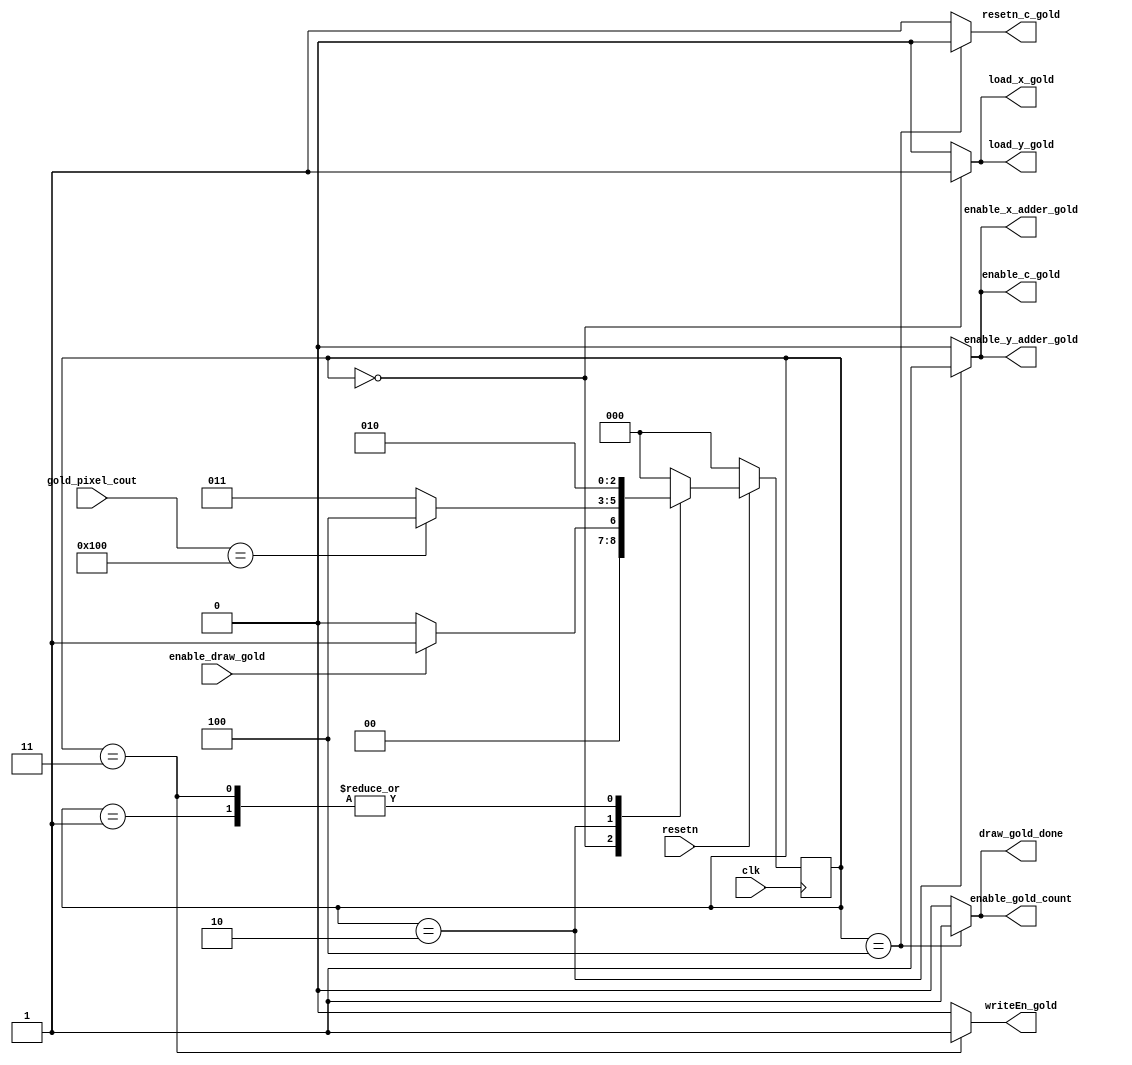
//this document include fsm to draw a gold/stone, related datapath can be found in draw_gold_stone_background_datapath.v


//designed by Yifan Cui


module draw_gold_FSM(
	clk, 
	resetn,
	enable_draw_gold,

	gold_pixel_cout,
	enable_c_gold,
	load_x_gold,
	load_y_gold,
	enable_x_adder_gold, 
	enable_y_adder_gold,
	enable_gold_count,
	resetn_c_gold,
	writeEn_gold,
	draw_gold_done

	);
	
	input clk;
	input resetn;
	input enable_draw_gold;


	input [8:0]gold_pixel_cout;

	output reg enable_c_gold,
				  load_x_gold,
				  load_y_gold,
				  enable_x_adder_gold, 
				  enable_y_adder_gold,
				  resetn_c_gold,
				  enable_gold_count,
				  writeEn_gold,
				  draw_gold_done;
	
	reg [2:0] current_state, next_state; 
    
   localparam   LOAD_X_AND_Y        = 3'd0,
                LOAD_X_AND_Y_WAIT   = 3'd1,
					 DRAW                = 3'd2,
					 DRAW_WAIT			   = 3'd3,
					 DRAW_DONE           = 3'd4;

                
					 
    
    // Next state logic aka our state table
    always@(*)
    begin: state_table 
            case (current_state)
                LOAD_X_AND_Y:begin
						next_state = enable_draw_gold ? LOAD_X_AND_Y_WAIT : LOAD_X_AND_Y;
						end // Loop in current state until value is input
                LOAD_X_AND_Y_WAIT:begin
						next_state = DRAW; // Loop in current state until go signal goes low
						end
					 DRAW: begin
						next_state =  (gold_pixel_cout == 9'd256) ?  DRAW_DONE : DRAW_WAIT;
						end
					 DRAW_WAIT: begin
						next_state = DRAW;
						end
					 DRAW_DONE: begin
						next_state = LOAD_X_AND_Y;
					 end
 
            default:     next_state = LOAD_X_AND_Y;
        endcase
    end // state_table
   

    // Output logic aka all of our datapath control signals
    always @(*)
    begin: enable_signals
        // By default make all our signals 0 to avoid latches.
        
		  enable_c_gold = 1'b0;
		  load_x_gold = 1'b0;
		  load_y_gold = 1'b0;
		  enable_x_adder_gold = 1'b0; 
		  enable_y_adder_gold = 1'b0;
		  enable_gold_count = 1'b0;
		  resetn_c_gold = 1'b1;
		  writeEn_gold = 1'b0;
		  draw_gold_done = 1'b0;
		  


        case (current_state)
            LOAD_X_AND_Y: begin
					load_x_gold = 1'b1; //load x
					load_y_gold = 1'b1;
					end
            DRAW: begin
					enable_c_gold = 1'b1;
					enable_x_adder_gold = 1'b1;
					enable_y_adder_gold = 1'b1;
					end
				DRAW_WAIT:begin
					writeEn_gold = 1'b1;
					end
				DRAW_DONE: begin
					enable_gold_count = 1'b1;
					draw_gold_done = 1'b1;
					resetn_c_gold = 1'b0;
					end
				
        // default:    // don't need default since we already made sure all of our outputs were assigned a value at the start of the always block
        endcase
    end // enable_signals
   
    // current_state registers
    always@(posedge clk)
    begin: state_FFs
        if(resetn == 0)
            current_state <= LOAD_X_AND_Y;
        else
            current_state <= next_state;
    end // state_FFS

endmodule


module draw_stone_FSM(
	clk, 
	resetn,
	enable_draw_stone,

	stone_pixel_cout,
	enable_c_stone,
	load_x_stone,
	load_y_stone,
	enable_x_adder_stone, 
	enable_y_adder_stone,
	enable_stone_count,
	resetn_c_stone,
	writeEn_stone,
	draw_stone_done

	);
	
	input clk;
	input resetn;
	input enable_draw_stone;


	input [8:0]stone_pixel_cout;

	output reg enable_c_stone,
				  load_x_stone,
				  load_y_stone,
				  enable_x_adder_stone, 
				  enable_y_adder_stone,
				  resetn_c_stone,
				  enable_stone_count,
				  writeEn_stone,
				  draw_stone_done;
	
	reg [2:0] current_state, next_state; 
    
   localparam   LOAD_X_AND_Y        = 3'd0,
                LOAD_X_AND_Y_WAIT   = 3'd1,
					 DRAW                = 3'd2,
					 DRAW_WAIT			   = 3'd3,
					 DRAW_DONE           = 3'd4;

                
					 
    
    // Next state logic aka our state table
    always@(*)
    begin: state_table 
            case (current_state)
                LOAD_X_AND_Y:begin
						next_state = enable_draw_stone ? LOAD_X_AND_Y_WAIT : LOAD_X_AND_Y;
						end // Loop in current state until value is input
                LOAD_X_AND_Y_WAIT:begin
						next_state = DRAW; // Loop in current state until go signal goes low
						end
					 DRAW: begin
					   next_state = (stone_pixel_cout == 9'd256) ?  DRAW_DONE : DRAW_WAIT;
						end
					 DRAW_WAIT: begin
						next_state = DRAW;
						end
					 DRAW_DONE: begin
						next_state = LOAD_X_AND_Y;
					 end
 
            default:     next_state = LOAD_X_AND_Y;
        endcase
    end // state_table
   

    // Output logic aka all of our datapath control signals
    always @(*)
    begin: enable_signals
        // By default make all our signals 0 to avoid latches.
        
		  enable_c_stone = 1'b0;
		  load_x_stone = 1'b0;
		  load_y_stone = 1'b0;
		  enable_x_adder_stone = 1'b0; 
		  enable_y_adder_stone = 1'b0;
		  enable_stone_count = 1'b0;
		  resetn_c_stone = 1'b1;
		  writeEn_stone = 1'b0;
		  draw_stone_done = 1'b0;
		  


        case (current_state)
            LOAD_X_AND_Y: begin
					load_x_stone = 1'b1; //load x
					load_y_stone = 1'b1;
					end
            DRAW: begin
					enable_c_stone = 1'b1;
					enable_x_adder_stone = 1'b1;
					enable_y_adder_stone = 1'b1;
					end
				DRAW_WAIT:begin
					writeEn_stone = 1'b1;
					end
				DRAW_DONE: begin
					enable_stone_count = 1'b1;
					draw_stone_done = 1'b1;
					resetn_c_stone = 1'b0;
					end
				
        // default:    // don't need default since we already made sure all of our outputs were assigned a value at the start of the always block
        endcase
    end // enable_signals
   
    // current_state registers
    always@(posedge clk)
    begin: state_FFs
        if(resetn == 0)
            current_state <= LOAD_X_AND_Y;
        else
            current_state <= next_state;
    end // state_FFS
	
	
	
endmodule


module draw_background_FSM(
	clk, 
	resetn,
	enable_draw_background,
	
	background_cout,
	
	enable_x_adder_background, 
	enable_y_adder_background,
	enable_c_stone_background,
	writeEn_background,
	draw_background_done

	);
	
	input clk;
	input resetn;
	input enable_draw_background ;
	
	input [16:0]background_cout;


	output reg enable_x_adder_background,
				  enable_y_adder_background,
				  writeEn_background,
				  draw_background_done,
				  enable_c_stone_background;
	
	reg [1:0] current_state, next_state; 
    
   localparam   DRAW_BACKGROUND      = 2'd0,
					 DRAW_BACKGROUND_WAIT = 2'd1,
					 DRAW_BACKGROUND_DONE = 2'd2;

                
					 
    
    // Next state logic aka our state table
    always@(*)
    begin: state_table 
            case (current_state)
                DRAW_BACKGROUND: begin
						next_state = (enable_draw_background) ? DRAW_BACKGROUND_WAIT : DRAW_BACKGROUND; 
						end // Loop in current state until value is input
                DRAW_BACKGROUND_WAIT:begin
						next_state = (background_cout == 17'b1_1110_0001_0100_0000) ? DRAW_BACKGROUND_DONE : DRAW_BACKGROUND;
						end
					 DRAW_BACKGROUND_DONE: begin
						next_state = DRAW_BACKGROUND;
					 end
 
            default:     next_state = DRAW_BACKGROUND;
        endcase
    end // state_table
   

    // Output logic aka all of our datapath control signals
    always @(*)
    begin: enable_signals
        // By default make all our signals 0 to avoid latches.
        
		  enable_x_adder_background = 1'b0;
		  enable_y_adder_background = 1'b0;
		  writeEn_background = 1'b0;
		  draw_background_done = 1'b0;
		  enable_c_stone_background = 1'b0;


        case (current_state)
            DRAW_BACKGROUND: begin
					enable_x_adder_background = 1'b1;
					enable_y_adder_background = 1'b1;
					enable_c_stone_background = 1'b1;
					end
            DRAW_BACKGROUND_WAIT: begin
					writeEn_background = 1'b1;
					end
				DRAW_BACKGROUND_DONE: begin
					draw_background_done = 1'b1;
					end
				
        // default:    // don't need default since we already made sure all of our outputs were assigned a value at the start of the always block
        endcase
    end // enable_signals
   
    // current_state registers
    always@(posedge clk)
    begin: state_FFs
        if(resetn == 0)
            current_state <= DRAW_BACKGROUND;
        else
            current_state <= next_state;
    end // state_FFS
	
	
	
endmodule